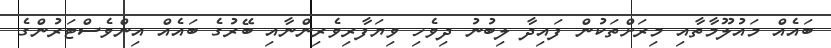
ބައެއް މައުލޫމާތާއި މިރަށްތަކުން ފައިދާ ލިބުނު ދިވެހި ވިޔަފާރިވެރިންނާއި ބޭރުގެ ބައެއް އިންވެސްޓަރުންގެ